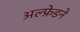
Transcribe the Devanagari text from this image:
अल्फ्रेडने